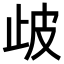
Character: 𣥣